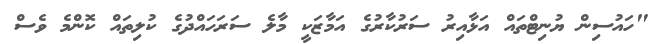
"ހައުސިން ޔުނިޓްތައް އަޅާއިރު ސަރުކާރުގެ އަމާޒަކީ މާލެ ސަރަހައްދުގެ ކުލިތައް ކޮންމެ ވެސް